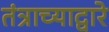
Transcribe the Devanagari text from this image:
तंत्राच्याद्वारे